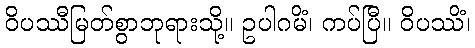
ဝိပဿီမြတ်စွာဘုရားသို့။ ဥပါဂမိံ၊ ကပ်ပြီ။ ဝိပဿိံ၊